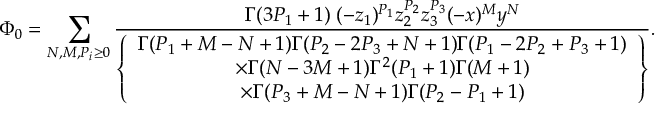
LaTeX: \Phi _ { 0 } = \sum _ { N , M , P _ { i } \geq 0 } \frac { \Gamma ( 3 P _ { 1 } + 1 ) \; ( - z _ { 1 } ) ^ { P _ { 1 } } z _ { 2 } ^ { P _ { 2 } } z _ { 3 } ^ { P _ { 3 } } ( - x ) ^ { M } y ^ { N } } { \left\{ \begin{array} { c } { { \Gamma ( P _ { 1 } + M - N + 1 ) \Gamma ( P _ { 2 } - 2 P _ { 3 } + N + 1 ) \Gamma ( P _ { 1 } - 2 P _ { 2 } + P _ { 3 } + 1 ) } } \\ { { \times \Gamma ( N - 3 M + 1 ) \Gamma ^ { 2 } ( P _ { 1 } + 1 ) \Gamma ( M + 1 ) } } \\ { { \times \Gamma ( P _ { 3 } + M - N + 1 ) \Gamma ( P _ { 2 } - P _ { 1 } + 1 ) } } \end{array} \right\} } .